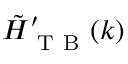
\tilde { H } _ { \mathrm { ~ T ~ B ~ } } ^ { \prime } ( k )